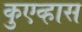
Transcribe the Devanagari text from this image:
कुएव्हास